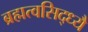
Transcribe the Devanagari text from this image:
ब्रह्मत्वसिद्ध्यै